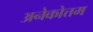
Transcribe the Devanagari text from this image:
अनेकोत्तम